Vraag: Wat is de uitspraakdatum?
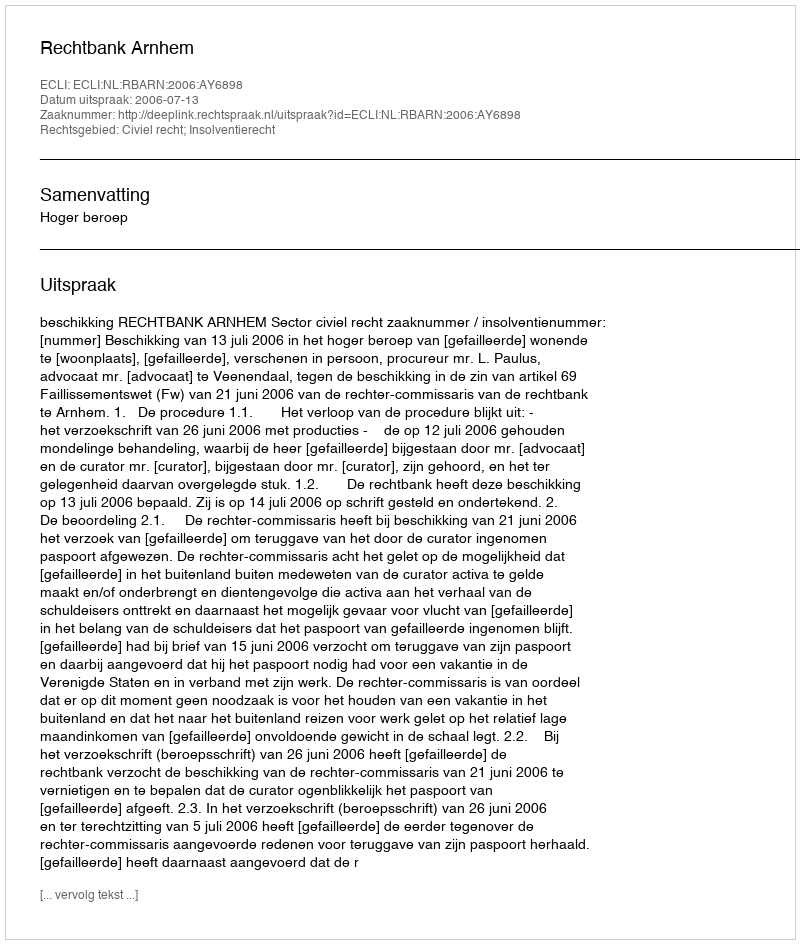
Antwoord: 2006-07-13